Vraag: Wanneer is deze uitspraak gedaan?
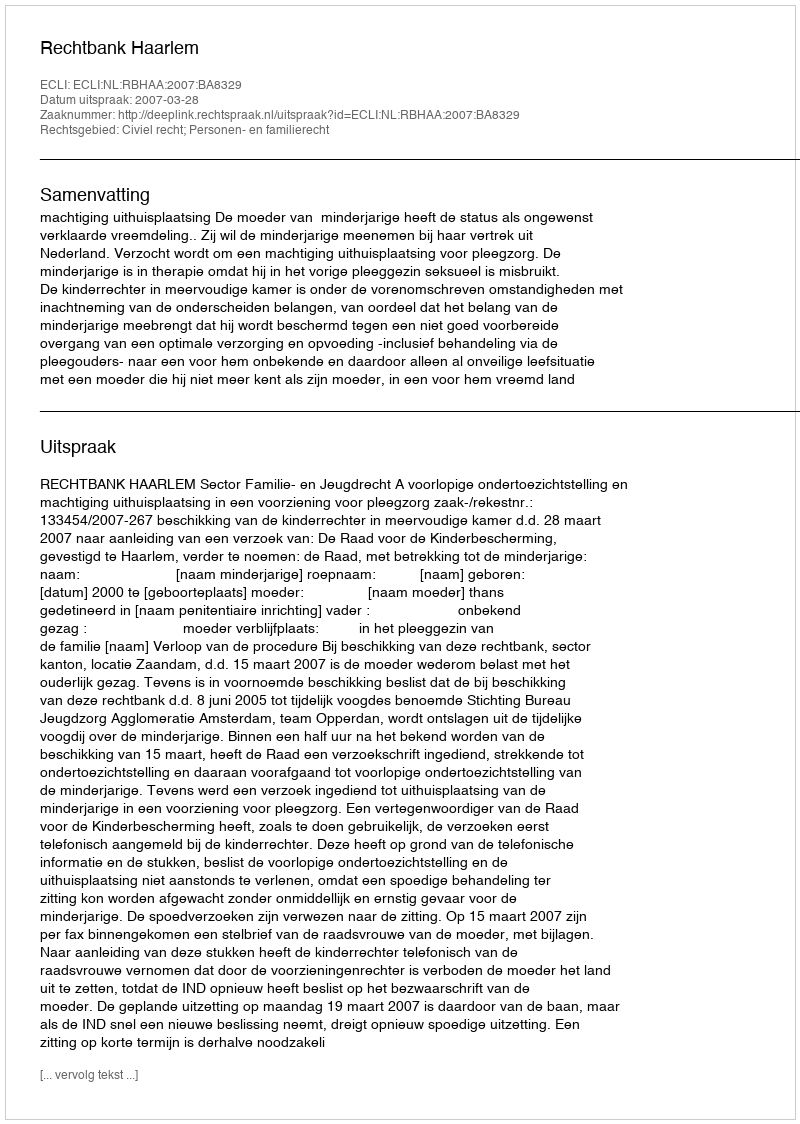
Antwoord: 2007-03-28